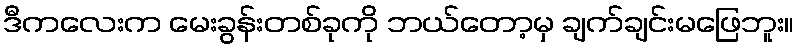
ဒီကလေးက မေးခွန်းတစ်ခုကို ဘယ်တော့မှ ချက်ချင်းမဖြေဘူး။